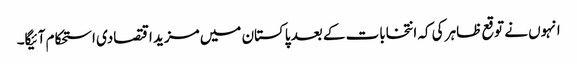
انہوں نے توقع ظاہر کی کہ انتخابات کے بعد پاکستان میں مزید اقتصادی استحکام آئیگا۔